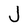
Character: J